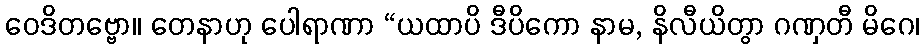
ဝေဒိတဗ္ဗော။ တေနာဟု ပေါရာဏာ “ယထာပိ ဒီပိကော နာမ, နိလီယိတွာ ဂဏှတီ မိဂေ၊